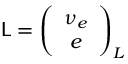
{ { \sf L } } = \left( \begin{array} { c } { { \nu _ { e } } } \\ { { e } } \end{array} \right) _ { L }